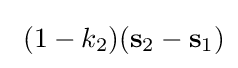
\ (1-k_{2})(\mathbf {s} _{2}-\mathbf {s} _{1})